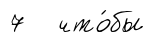
7 что́бы